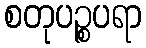
စတုပဉ္စပရာ